Scottish Leaving Certificate Examination, 1953
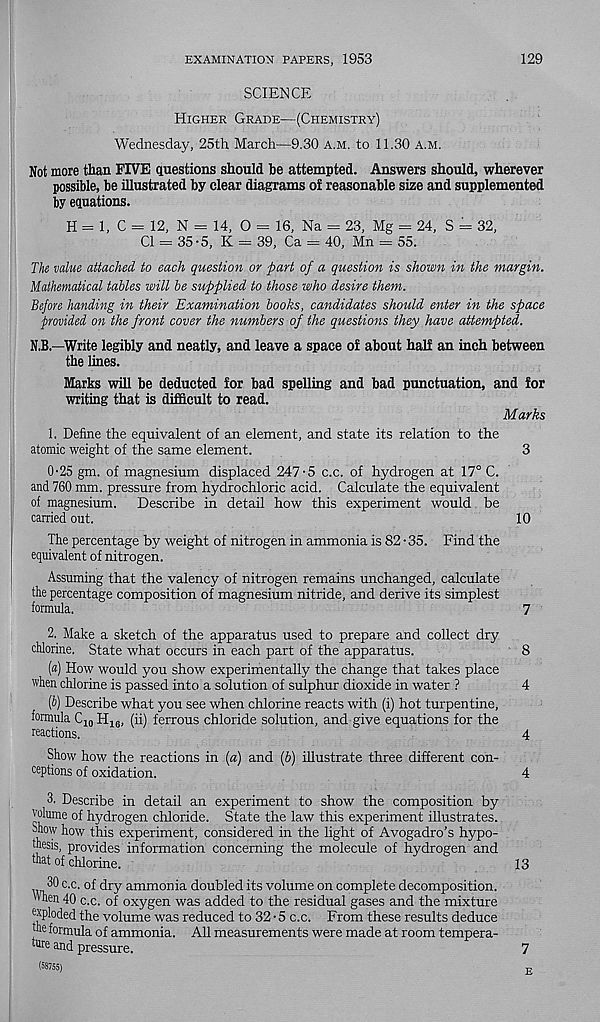
EXAMINATION PAPERS, 1953
129
SCIENCE
Higher Grade—(Chemistry)
Wednesday, 25th March—9.30 a.m. to 11.30 a.m.
Not more than FIVE questions should be attempted. Answers should, wherever
possible, be illustrated by clear diagrams of reasonable size and supplemented
by equations.
H = 1, C = 12, N — 14, O = 16, Na = 23, Mg = 24, S = 32,
Cl = 35-5, K = 39, Ca = 40, Mn = 55.
The value attached to each question or part of a question is shown in the margin.
Mathematical tables will be supplied to those who desire them.
Before handing in their Examination books, candidates should enter in the space
provided on the front cover the numbers of the questions they have attempted.
N.B.—Write legibly and neatly, and leave a space of about half an inch between
the lines.
Marks will be deducted for bad spelling and bad punctuation, and for
writing that is difficult to read.
Marks
1. Define the equivalent of an element, and state its relation to the
atomic weight of the same element.
3
0-25 gm. of magnesium displaced 247-5 c.c. of hydrogen at 17° C.
and 760 mm. pressure from hydrochloric acid. Calculate the equivalent
of magnesium. Describe in detail how this experiment would be
carried out.
10
The percentage by weight of nitrogen in ammonia is 82-35. Find the
equivalent of nitrogen.
Assuming that the valency of nitrogen remains unchanged, calculate
the percentage composition of magnesium nitride, and derive its simplest
formula.
7
2. Make a sketch of the apparatus used to prepare and collect dry
chlorine. State what occurs in each part of the apparatus.
8
[a] How would you show experimentally the change that takes place
when chlorine is passed into a solution of sulphur dioxide in water ?
4
[b] Describe what you see when chlorine reacts with (i) hot turpentine,
formula C 10 H 16 , (ii) ferrous chloride solution, and give equations for the
reactions.
4
Show how the reactions in («) and (6) illustrate three different con-
ceptions of oxidation.
4
3. Describe in detail an experiment to show the composition by
volume of hydrogen chloride. State the law this experiment illustrates.
Show how this experiment, considered in the light of Avogadro’s hypo-
thesis, provides information concerning the molecule of hydrogen and
that of chlorine.
13
30 c.c. of dry ammonia doubled its volume on complete decomposition.
'hen 40 c.c. of oxygen was added to the residual gases and the mixture
exploded the volume was reduced to 32 • 5 c.c. From these results deduce
the formula of ammonia. All measurements were made at room tempera-
ture and pressure.
7
(58755)
E